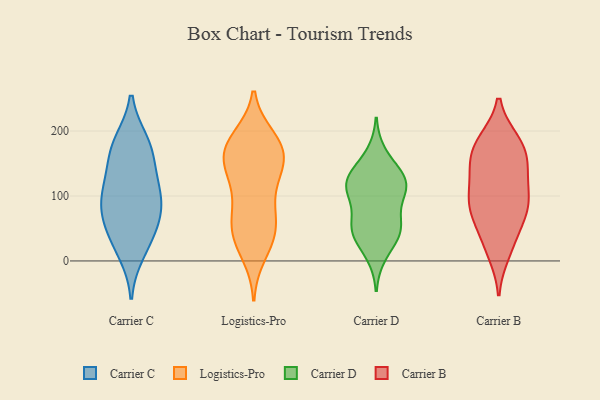
{"axis": {"x": "Churn Rate (%)", "y": "Value"}, "legend": ["Carrier B", "Carrier C", "Carrier D", "Logistics-Pro"], "data": [{"x": "", "y": 110, "type": "Carrier C"}, {"x": "", "y": 151, "type": "Carrier C"}, {"x": "", "y": 76, "type": "Carrier C"}, {"x": "", "y": 30, "type": "Carrier C"}, {"x": "", "y": 183, "type": "Carrier C"}, {"x": "", "y": 61, "type": "Carrier C"}, {"x": "", "y": 98, "type": "Carrier C"}, {"x": "", "y": 116, "type": "Carrier C"}, {"x": "", "y": 183, "type": "Carrier C"}, {"x": "", "y": 51, "type": "Carrier C"}, {"x": "", "y": 89, "type": "Carrier C"}, {"x": "", "y": 13, "type": "Carrier C"}, {"x": "", "y": 165, "type": "Carrier C"}, {"x": "", "y": 33, "type": "Logistics-Pro"}, {"x": "", "y": 50, "type": "Logistics-Pro"}, {"x": "", "y": 166, "type": "Logistics-Pro"}, {"x": "", "y": 98, "type": "Logistics-Pro"}, {"x": "", "y": 34, "type": "Logistics-Pro"}, {"x": "", "y": 65, "type": "Logistics-Pro"}, {"x": "", "y": 138, "type": "Logistics-Pro"}, {"x": "", "y": 130, "type": "Logistics-Pro"}, {"x": "", "y": 181, "type": "Logistics-Pro"}, {"x": "", "y": 81, "type": "Logistics-Pro"}, {"x": "", "y": 52, "type": "Logistics-Pro"}, {"x": "", "y": 143, "type": "Logistics-Pro"}, {"x": "", "y": 171, "type": "Logistics-Pro"}, {"x": "", "y": 11, "type": "Logistics-Pro"}, {"x": "", "y": 174, "type": "Logistics-Pro"}, {"x": "", "y": 147, "type": "Logistics-Pro"}, {"x": "", "y": 189, "type": "Logistics-Pro"}, {"x": "", "y": 180, "type": "Logistics-Pro"}, {"x": "", "y": 108, "type": "Carrier D"}, {"x": "", "y": 52, "type": "Carrier D"}, {"x": "", "y": 129, "type": "Carrier D"}, {"x": "", "y": 100, "type": "Carrier D"}, {"x": "", "y": 50, "type": "Carrier D"}, {"x": "", "y": 164, "type": "Carrier D"}, {"x": "", "y": 113, "type": "Carrier D"}, {"x": "", "y": 43, "type": "Carrier D"}, {"x": "", "y": 59, "type": "Carrier D"}, {"x": "", "y": 116, "type": "Carrier D"}, {"x": "", "y": 133, "type": "Carrier D"}, {"x": "", "y": 10, "type": "Carrier D"}, {"x": "", "y": 124, "type": "Carrier D"}, {"x": "", "y": 42, "type": "Carrier D"}, {"x": "", "y": 91, "type": "Carrier B"}, {"x": "", "y": 114, "type": "Carrier B"}, {"x": "", "y": 79, "type": "Carrier B"}, {"x": "", "y": 13, "type": "Carrier B"}, {"x": "", "y": 177, "type": "Carrier B"}, {"x": "", "y": 71, "type": "Carrier B"}, {"x": "", "y": 184, "type": "Carrier B"}, {"x": "", "y": 133, "type": "Carrier B"}, {"x": "", "y": 86, "type": "Carrier B"}, {"x": "", "y": 22, "type": "Carrier B"}, {"x": "", "y": 150, "type": "Carrier B"}, {"x": "", "y": 178, "type": "Carrier B"}, {"x": "", "y": 97, "type": "Carrier B"}, {"x": "", "y": 153, "type": "Carrier B"}, {"x": "", "y": 40, "type": "Carrier B"}, {"x": "", "y": 74, "type": "Carrier B"}, {"x": "", "y": 184, "type": "Carrier B"}, {"x": "", "y": 141, "type": "Carrier B"}]}